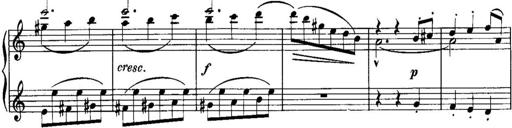
Title: Piano Sonatina No.1, Op.146
Composer: Stephen Heller